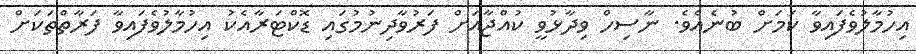
އިހުމާލުވެފައިވާ ކަމަށް ބުނެއެވެ. ނާސިހް ވިދާޅުވީ ކުއްޖާއަށް ފަރުވާދިނުމުގައި ޑޮކްޓަރާއެކު އިހުމާލުވެފައިވާ ފަރާތްތަކަށް